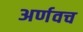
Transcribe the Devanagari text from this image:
अर्णवच